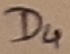
Text: D4